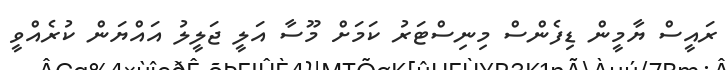
ރައީސް ޔާމީން ޑިފެންސް މިނިސްޓަރު ކަމަށް މޫސާ އަލީ ޖަލީލު އައްޔަން ކުރެއްވީ